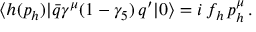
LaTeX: \langle h ( p _ { h } ) | \bar { q } \gamma ^ { \mu } ( 1 - \gamma _ { 5 } ) \, q ^ { \prime } | 0 \rangle = i \, f _ { h } \, p _ { h } ^ { \mu } \, .